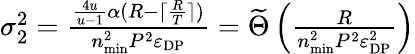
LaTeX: \begin{array}{r}{\sigma_{2}^{2}=\frac{\frac{4u}{u-1}\alpha(R-\lceil\frac{R}{T}\rceil)}{n_{\mathrm{min}}^{2}P^{2}\varepsilon_{\mathrm{DP}}}=\widetilde\Theta\left(\frac{R}{n_{\mathrm{min}}^{2}P^{2}\varepsilon_{\mathrm{DP}}^{2}}\right)}\end{array}